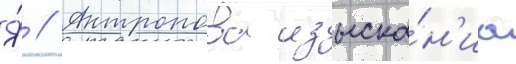
Я́ // Антропова изыска́н'иа